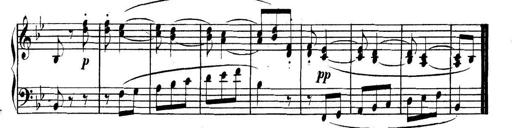
Title: Collected Piano Sonatas
Composer: Muzio Clementi